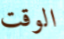
الوقت